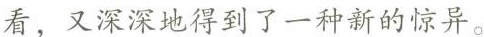
看，又深深地得到了一种新的惊异。